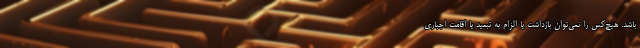
باشد. هیچ‌کس را نمی‌توان بازداشت یا الزام به تبعید یا اقامت اجباری